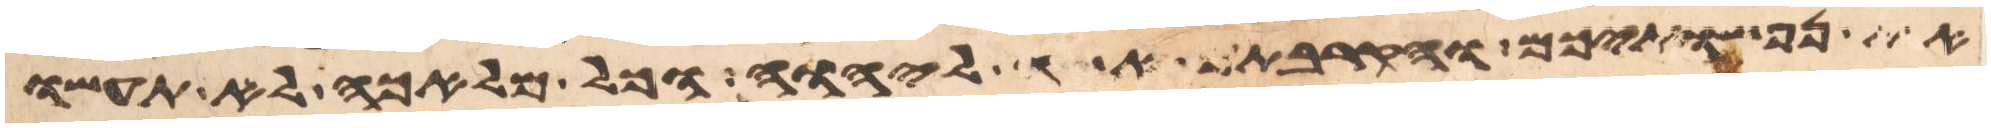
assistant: את נפשתיכם והקרבתם אשה ליהוה וכל מלאכה לא תעשו